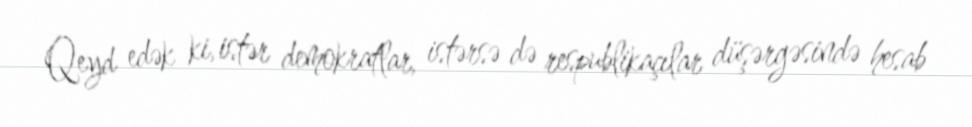
Qeyd edək ki, istər demokratlar, istərsə də respublikaçılar düşərgəsində hesab